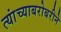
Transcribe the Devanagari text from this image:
त्यांच्याबरोबरीने